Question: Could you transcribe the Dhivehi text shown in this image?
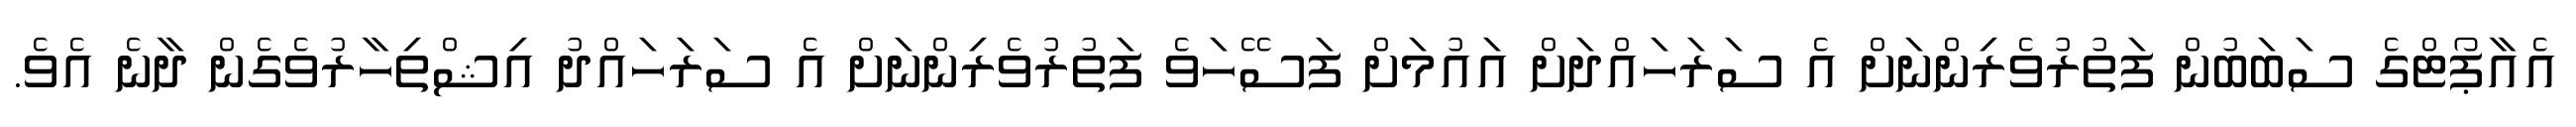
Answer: އެއާޕޯޓްގެ ސަބަބުން ފަތުރުވެރިންނަށް އެ ސަރަހައްދަށް އައުމަށް ފަސޭހަވެ ފަތުރުވެރިންނަށް އެ ސަރަހައްދު އިޝްތިހާރުވެގެން ދާނެ އެވެ.